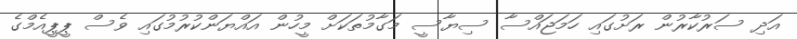
އަދި ސަރުކާރުން ރަށުގައި ހަމަޖައްސާ ސިޔާސީ މަގާމުތަކަށް މީހުން އައްޔަންކުރުމުގައި ވެސް ޕީޕީއެމްގެ